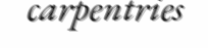
carpentries